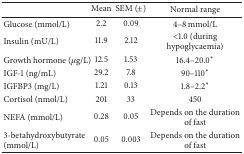
|  | Mean | SEM (±) | Normal range |
 | --- | --- | --- | --- |
 | Glucose (mmol/L) | 2.2 | 0.09 | 4–8 mmol/L |
 | Insulin (mU/L) | 11.9 | 2.12 | <1.0 (during hypoglycaemia) |
 | Growth hormone (μg/L) | 12.5 | 1.53 | 16.4–20.0* |
 | IGF-1 (ng/mL) | 29.2 | 7.8 | 90–110* |
 | IGFBP3 (mg/L) | 1.21 | 0.13 | 1.8–2.2* |
 | Cortisol (nmol/L) | 201 | 33 | 450 |
 | NEFA (mmol/L) | 0.28 | 0.05 | Depends on the duration of fast |
 | 3-betahydroxybutyrate (mmol/L) | 0.05 | 0.003 | Depends on the duration of fast |